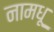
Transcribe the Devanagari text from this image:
नामधू